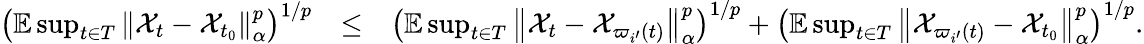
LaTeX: \begin{array}{rlr}{\left(\mathbb{E}\operatorname*{sup}_{t\in T}\left\Vert\mathcal{X}_{t}-\mathcal{X}_{t_{0}}\right\Vert_{\alpha}^{p}\right)^{1/p}}&{\leq}&{\left(\mathbb{E}\operatorname*{sup}_{t\in T}\left\Vert\mathcal{X}_{t}-\mathcal{X}_{\varpi_{i^{\prime}}(t)}\right\Vert_{\alpha}^{p}\right)^{1/p}+\left(\mathbb{E}\operatorname*{sup}_{t\in T}\left\Vert\mathcal{X}_{\varpi_{i^{\prime}}(t)}-\mathcal{X}_{t_{0}}\right\Vert_{\alpha}^{p}\right)^{1/p}.}\end{array}